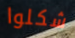
شكلوا